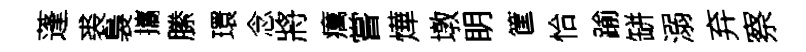
蓬裘裊攜縢環念將癘嘗燁墩眀筐恰踰缾溺弃察